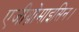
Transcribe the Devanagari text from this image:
एजीथ्रोमाइसिन।